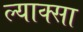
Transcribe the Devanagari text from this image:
ल्याक्सा